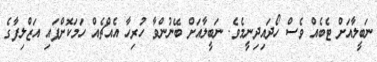
ނަބީލާއަށް ޓެބެއް ވެސް ހޯދައިދިނީމެވެ. ނަބީލާއަށް ބޭނުންވާ ހުރިހާ އެއްޗެއް ހަމަކޮށްފައި އަޒްލިފާގެ